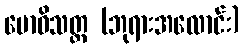
ဗောဓိသတ္တ (ဘုရားအလောင်း)